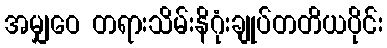
အမျှဝေ တရားသိမ်းနိဂုံးချုပ်တတိယပိုင်း